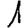
Digit: 1